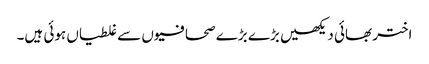
اختر بھائی دیکھیں بڑے بڑے صحافیوں سے غلطیاں ہوئی ہیں۔